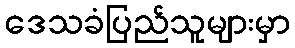
ဒေသခံပြည်သူများမှာ